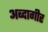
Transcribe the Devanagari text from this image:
अब्दागीर